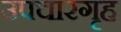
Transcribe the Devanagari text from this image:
उपचारगृह